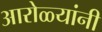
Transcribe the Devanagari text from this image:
आरोळ्यांनी